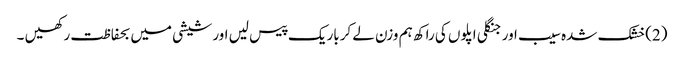
(2)خشک شدہ سیب اور جنگلی اپلوں کی راکھ ہم وزن لے کرباریک پیس لیں اور شیشی میں بحفاظت رکھیں ۔